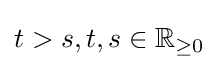
t>s,t,s\in \mathbb {R} _{\geq 0}